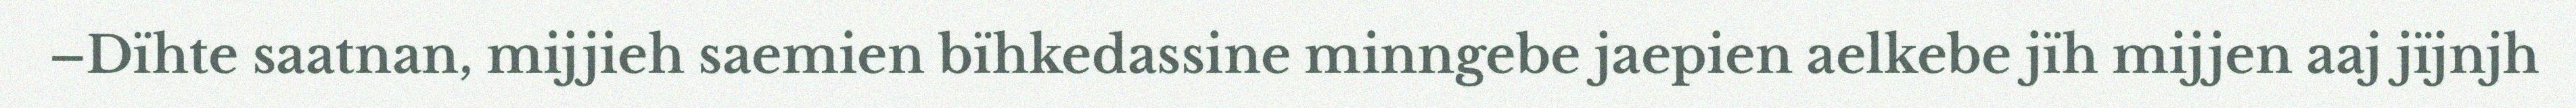
–Dïhte saatnan, mijjieh saemien bïhkedassine minngebe jaepien aelkebe jïh mijjen aaj jïjnjh